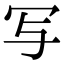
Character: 写